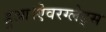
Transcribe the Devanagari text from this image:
हुआ।ऐवरग्लेड्स